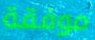
موفقة